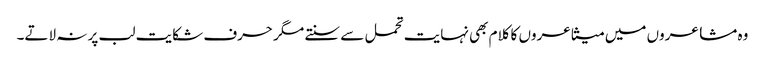
وہ مشاعروں میں متشاعروں کا کلام بھی نہایت تحمل سے سنتے مگر حرف شکایت لب پر نہ لاتے۔